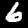
Digit: 6